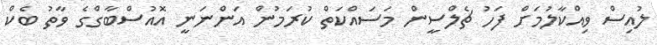
ލުއިސް ވިއްކާލުމަށް ފަހު ޗެލްސީން މަސައްކަތް ކުރަމުން އަންނަނީ އޮއުސްބާގްގެ ވާތު ބެކް